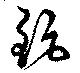
鉅